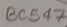
Text: BC547